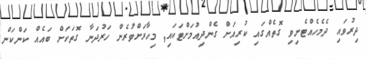
ދިރުވައި ދެމެހެއްޓެނިވި ގޮތެއްގައި ކުރިއަށް ގެންދިއުމަށްޓަކައި